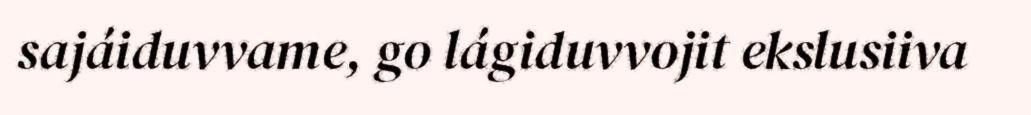
sajáiduvvame, go lágiduvvojit ekslusiiva